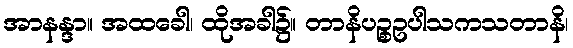
အာနန္ဒာ။ အထခေါ၊ ထိုအခါ၌။ တာနိပဉ္စဥပါသကသတာနိ၊